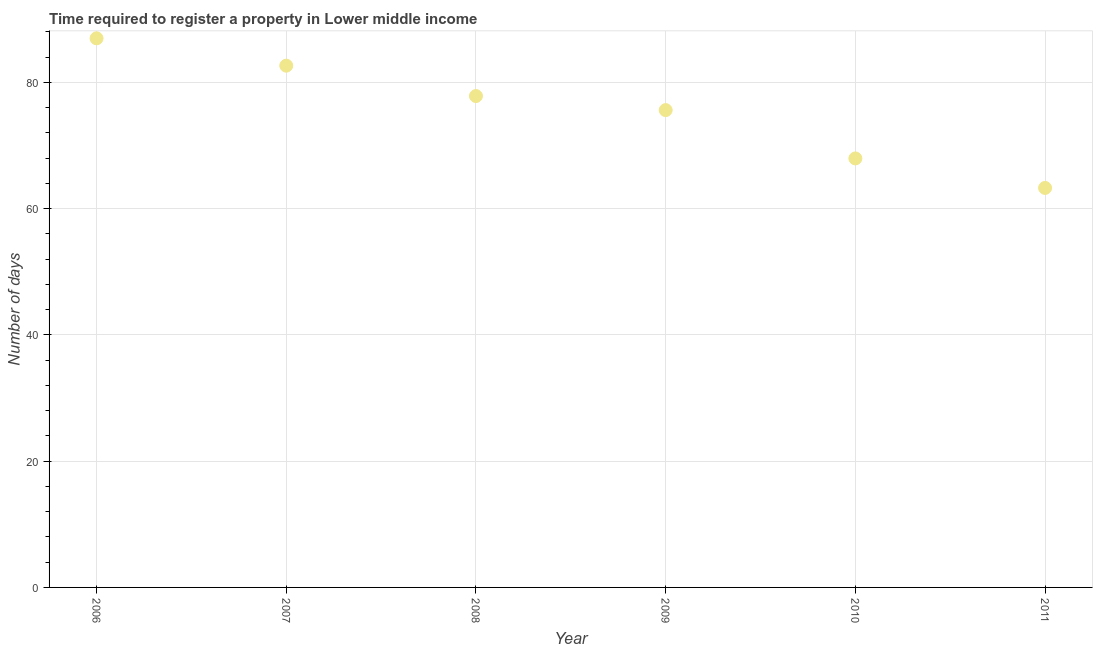
| Year | Register property |
 | --- | --- |
 | 2006 | 87 |
 | 2007 | 82.6 |
 | 2008 | 77.8 |
 | 2009 | 75.6 |
 | 2010 | 67.9 |
 | 2011 | 63.3 |